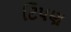
ટિપણ